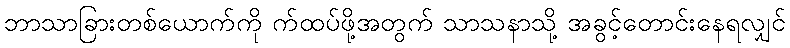
ဘာသာခြားတစ်ယောက်ကို က်ထပ်ဖို့အတွက် သာသနာသို့ အခွင့်တောင်းနေရလျှင်